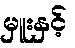
မှူးနှင့်